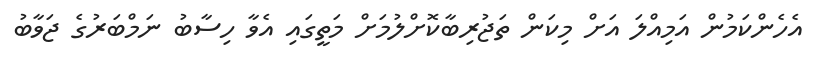
އެހެންކަމުން އަމިއްލަ އަށް މިކަން ތަޖުރިބާކޮށްލުމަށް މަތީގައި އެވާ ހިސާބު ނަމްބަރުގެ ޖަވާބު